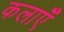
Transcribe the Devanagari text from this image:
कलाऍँ